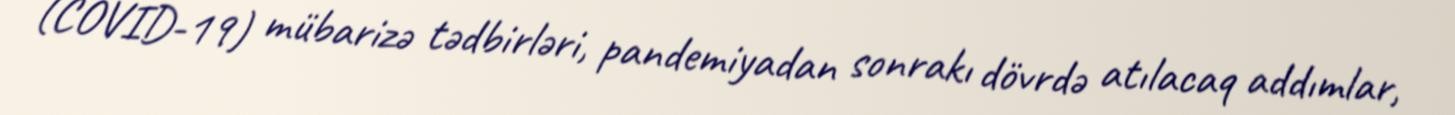
(COVID-19) mübarizə tədbirləri, pandemiyadan sonrakı dövrdə atılacaq addımlar,